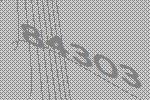
84303